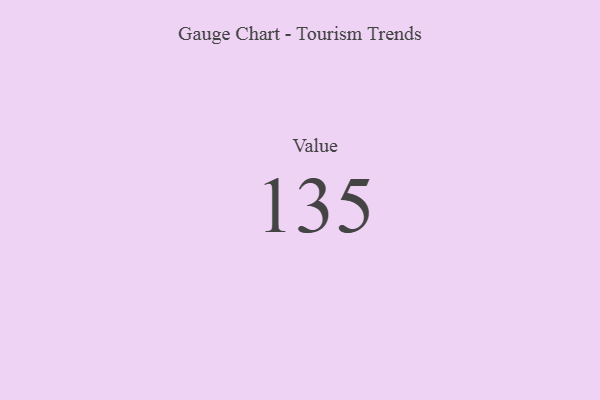
{"axis": {"x": "Metric", "y": "Value"}, "legend": [""], "data": [{"x": "Value", "y": 135, "type": ""}]}